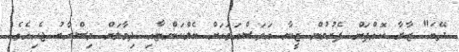
ދޭބަ" ޒާރާ ކޮއްޕަން ފެށުމުން ޒީނާ އަވަސްއަވަހަށް ބެލްކަންޏާއި ދިމާލަށް މިސްރާބު ޖެހިއެވެ.